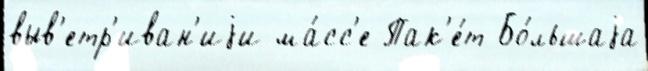
выв'етр'иван'иjи ма́сс'е Пак'е́т Бо́льшаjа